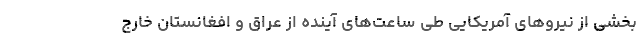
بخشی از نیروهای آمریکایی طی ساعت‌های آینده از عراق و افغانستان خارج